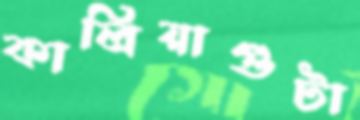
কালিয়াগুটা